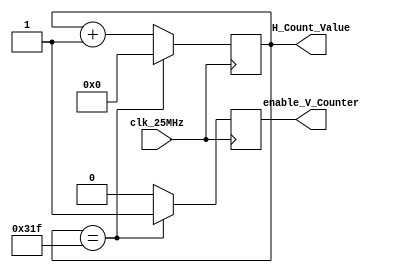
`timescale 1ns / 1ps

module horizontal_counter(
	input  clk_25MHz,
	output reg enable_V_Counter = 0,
	output reg [15:0] H_Count_Value = 0
	);
	
	always@(posedge clk_25MHz) begin
    
		if (H_Count_Value == 799) begin //800 based on manual
			H_Count_Value <= 0;
			enable_V_Counter <= 1;
		end
		else begin
			H_Count_Value <= H_Count_Value +1;
			enable_V_Counter <=0;
		end
	end
endmodule